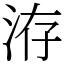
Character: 洊